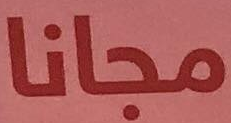
مجانا